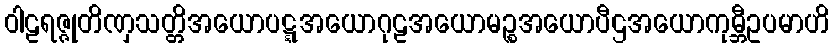
ဝါဠရဇ္ဇုတိဏှသတ္တိအယောပဋ္ဋအယောဂုဠအယောမဉ္စအယောပီဌအယောကုမ္ဘီဥပမာဟိ